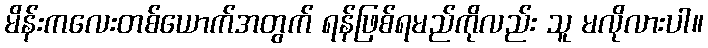
မိန်းကလေးတစ်ယောက်အတွက် ရန်ဖြစ်ရမည်ကိုလည်း သူ မလိုလားပါ။